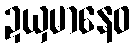
ဍယှမာနေဝ